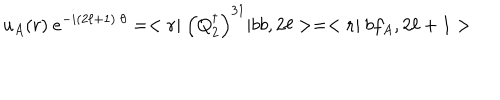
u _ { A } ( { r } ) \ e ^ { - i ( 2 \ell + 1 ) \ \theta } = < { \bf r } | \ \left( Q _ { 2 } ^ { \dagger } \right) ^ { 3 1 } | b b , 2 \ell > = < { \bf r } | \ b f _ { A } , 2 \ell + 1 >